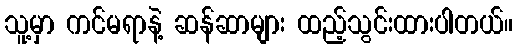
သူ့မှာ ကင်မရာနဲ့ ဆန်ဆာများ ထည့်သွင်းထားပါတယ်။